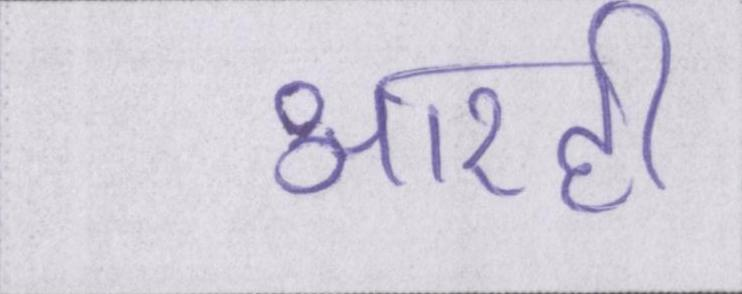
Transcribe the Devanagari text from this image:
आरही